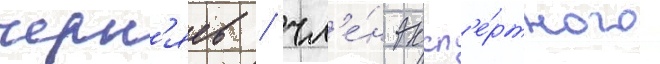
черн'яев / чл'е́н эксп'е́ртного